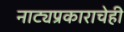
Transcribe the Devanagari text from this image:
नाट्यप्रकाराचेही